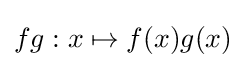
fg:x\mapsto f(x)g(x)